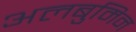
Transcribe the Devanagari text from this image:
अलबुमिन